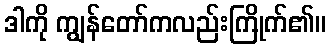
ဒါကို ကျွန်တော်ကလည်းကြိုက်၏။